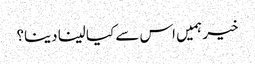
خیر ہمیں اس سے کیا لینا دینا؟